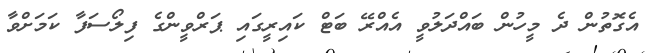
އެގޮތުން ދެ މީހުން ބައްދަލުވީ އެއްރޭ ބަޓް ކައިރީގައި ޕަރްވީންގެ ފިލޯސަފާ ކަމަށްވާ